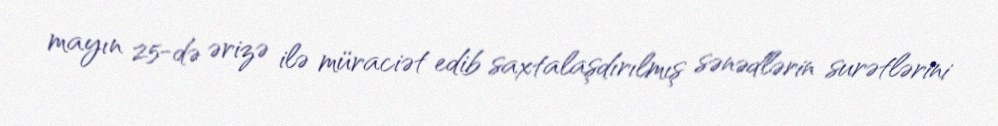
mayın 25-də ərizə ilə müraciət edib saxtalaşdırılmış sənədlərin surətlərini